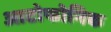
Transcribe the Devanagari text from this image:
आटोफोनिक